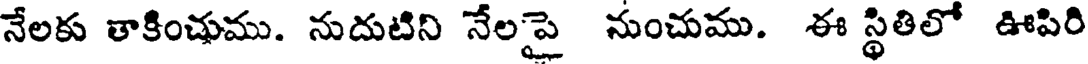
నేలకు తాకించుము. నుదుటిని నేలపై నుంచుము. ఈ స్థితిలో ఊపిరి